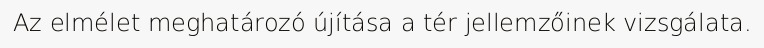
Az elmélet meghatározó újítása a tér jellemzőinek vizsgálata.